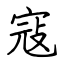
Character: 寇